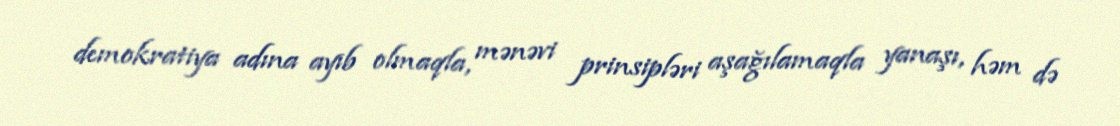
demokratiya adına ayıb olmaqla, mənəvi prinsipləri aşağılamaqla yanaşı, həm də